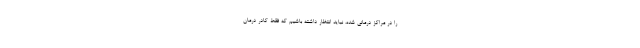
را در مراکز درمانی شده، نباید انتظار داشته باشیم که فقط کادر درمان